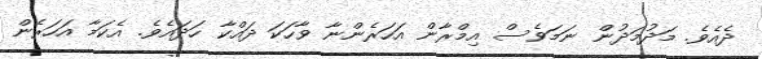
ދެއެވެ. މަދުމަދުން ނަމަވެސް އިމްރާން އަހަރެންނާ ވާހަކަ ދައްކާ ހަދައެވެ. އެކަމާ އަހަރެން